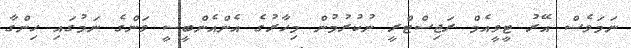
ނަމަވެސް އޭރު ޓީވީއެމް ރަޖިސްޓްރީ ނުކުރުމުން މިހާރުގެ އެންއެންބީސީ ވަންގެ ނަމުގައި ހިންގާ